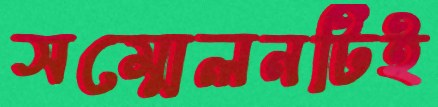
সম্মেলনটিই